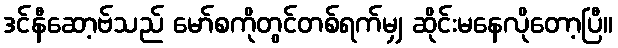
ဒင်နီဆော့ဗ်သည် မော်စကိုတွင်တစ်ရက်မျှ ဆိုင်းမနေလိုတော့ပြီ။